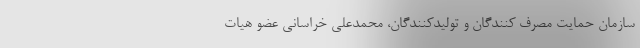
سازمان حمایت مصرف کنندگان و تولیدکنندگان، محمدعلی خراسانی عضو هیات